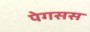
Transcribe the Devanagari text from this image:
पेगसस